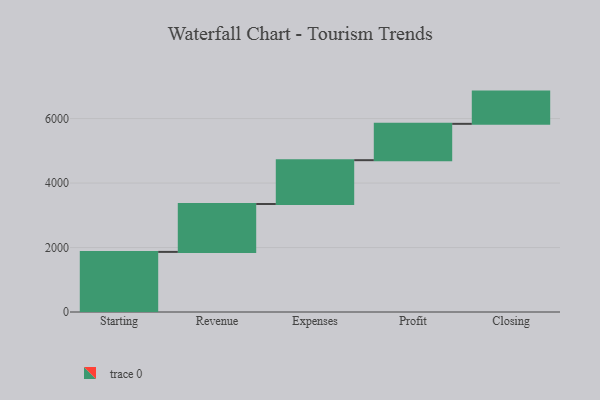
{"axis": {"x": "Step", "y": "Value"}, "legend": [""], "data": [{"x": "Starting", "y": 1864.0, "type": ""}, {"x": "Revenue", "y": 1485.0, "type": ""}, {"x": "Expenses", "y": 1360.0, "type": ""}, {"x": "Profit", "y": 1127.0, "type": ""}, {"x": "Closing", "y": 1000, "type": ""}]}